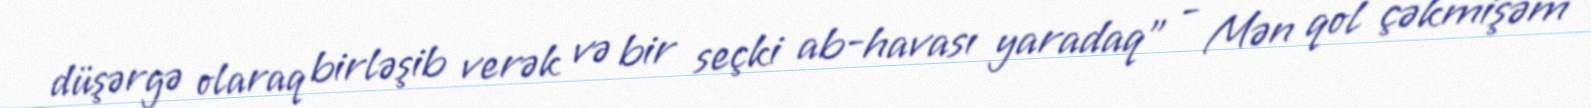
düşərgə olaraq birləşib verək və bir seçki ab-havası yaradaq” - Mən qol çəkmişəm